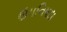
ઉપનિષદા